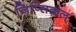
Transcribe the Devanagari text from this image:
जिप्सिकल्